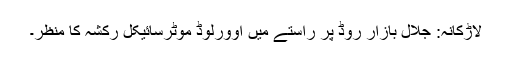
لاڑکانہ: جلال بازار روڈ پر راستے میں اوورلوڈ موٹرسائیکل رکشہ کا منظر۔